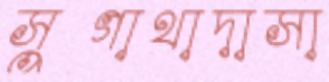
সুগাথাদাসা